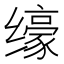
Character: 𱺮